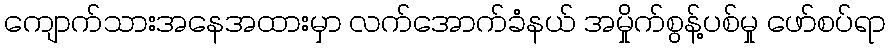
ကျောက်သားအနေအထားမှာ လက်အောက်ခံနယ် အမှိုက်စွန့်ပစ်မှု ဖော်စပ်ရာ